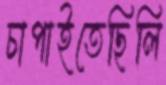
চাপাইতেছিলি